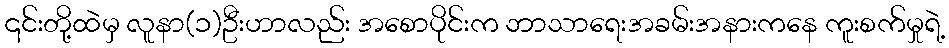
၎င်းတို့ထဲမှ လူနာ(၁)ဦးဟာလည်း အစောပိုင်းက ဘာသာရေးအခမ်းအနားကနေ ကူးစက်မှုရဲ့